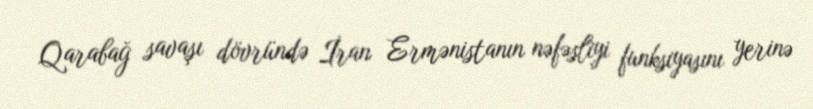
Qarabağ savaşı dövründə İran Ermənistanın nəfəsliyi funksiyasını yerinə